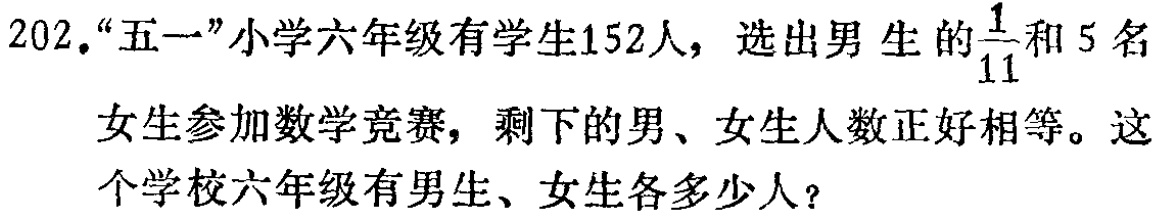
202.“五一”小学六年级有学生152人，选出男生的$\frac{1}{11}$和5名女生参加数学竞赛，剩下的男、女生人数正好相等。这个学校六年级有男生、女生各多少人？